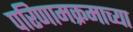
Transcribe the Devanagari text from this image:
परिणामक्रमाच्या